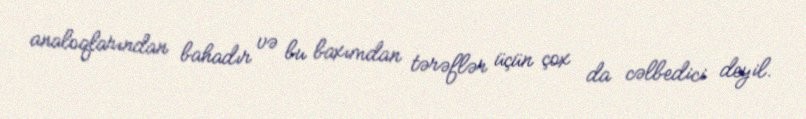
analoqlarından bahadır və bu baxımdan tərəflər üçün çox da cəlbedici deyil.